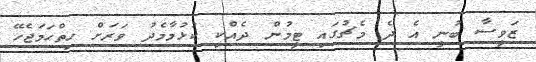
ޒަވީސާ ބުނީ އެ ދެ މެޗުގައި ޓީމުން ދެއްކި ކުޅުމާމެދު ވަރަށް ހިތްހަމަޖެހޭ